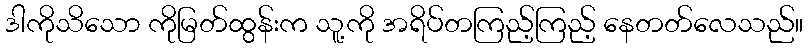
ဒါကိုသိသော ကိုမြတ်ထွန်းက သူ့ကို အရိပ်တကြည့်ကြည့် နေတတ်လေသည်။